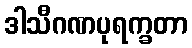
ဒါသီဂဏပုရက္ခတာ